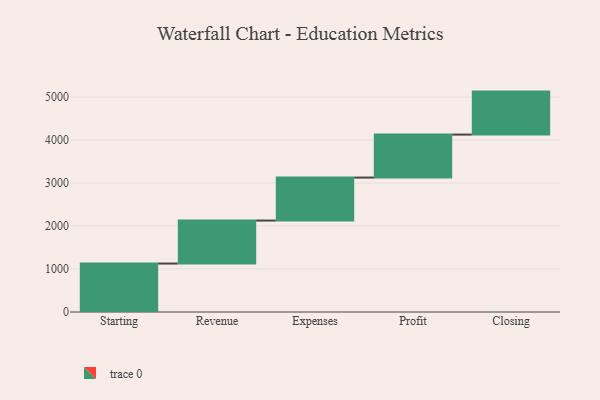
{"axis": {"x": "Step", "y": "Value"}, "legend": [""], "data": [{"x": "Starting", "y": 1127.0, "type": ""}, {"x": "Revenue", "y": 1000, "type": ""}, {"x": "Expenses", "y": 1000, "type": ""}, {"x": "Profit", "y": 1000, "type": ""}, {"x": "Closing", "y": 1000, "type": ""}]}